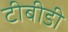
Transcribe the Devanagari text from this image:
टीबीडी